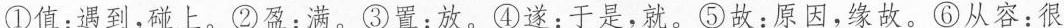
①值：遇到，碰上。②盈：满。③置：放。④遂：于是，就。⑤故：原因，缘故。⑥从容：很